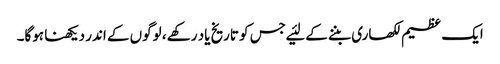
ایک عظیم لکھاری بننے کے لئیے جس کو تاریخ یاد رکھے ، لوگوں کے اندر دیکھنا ہوگا۔